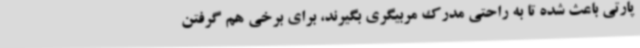
پارتی باعث شده تا به راحتی مدرک مربیگری بگیرند، برای برخی هم گرفتن